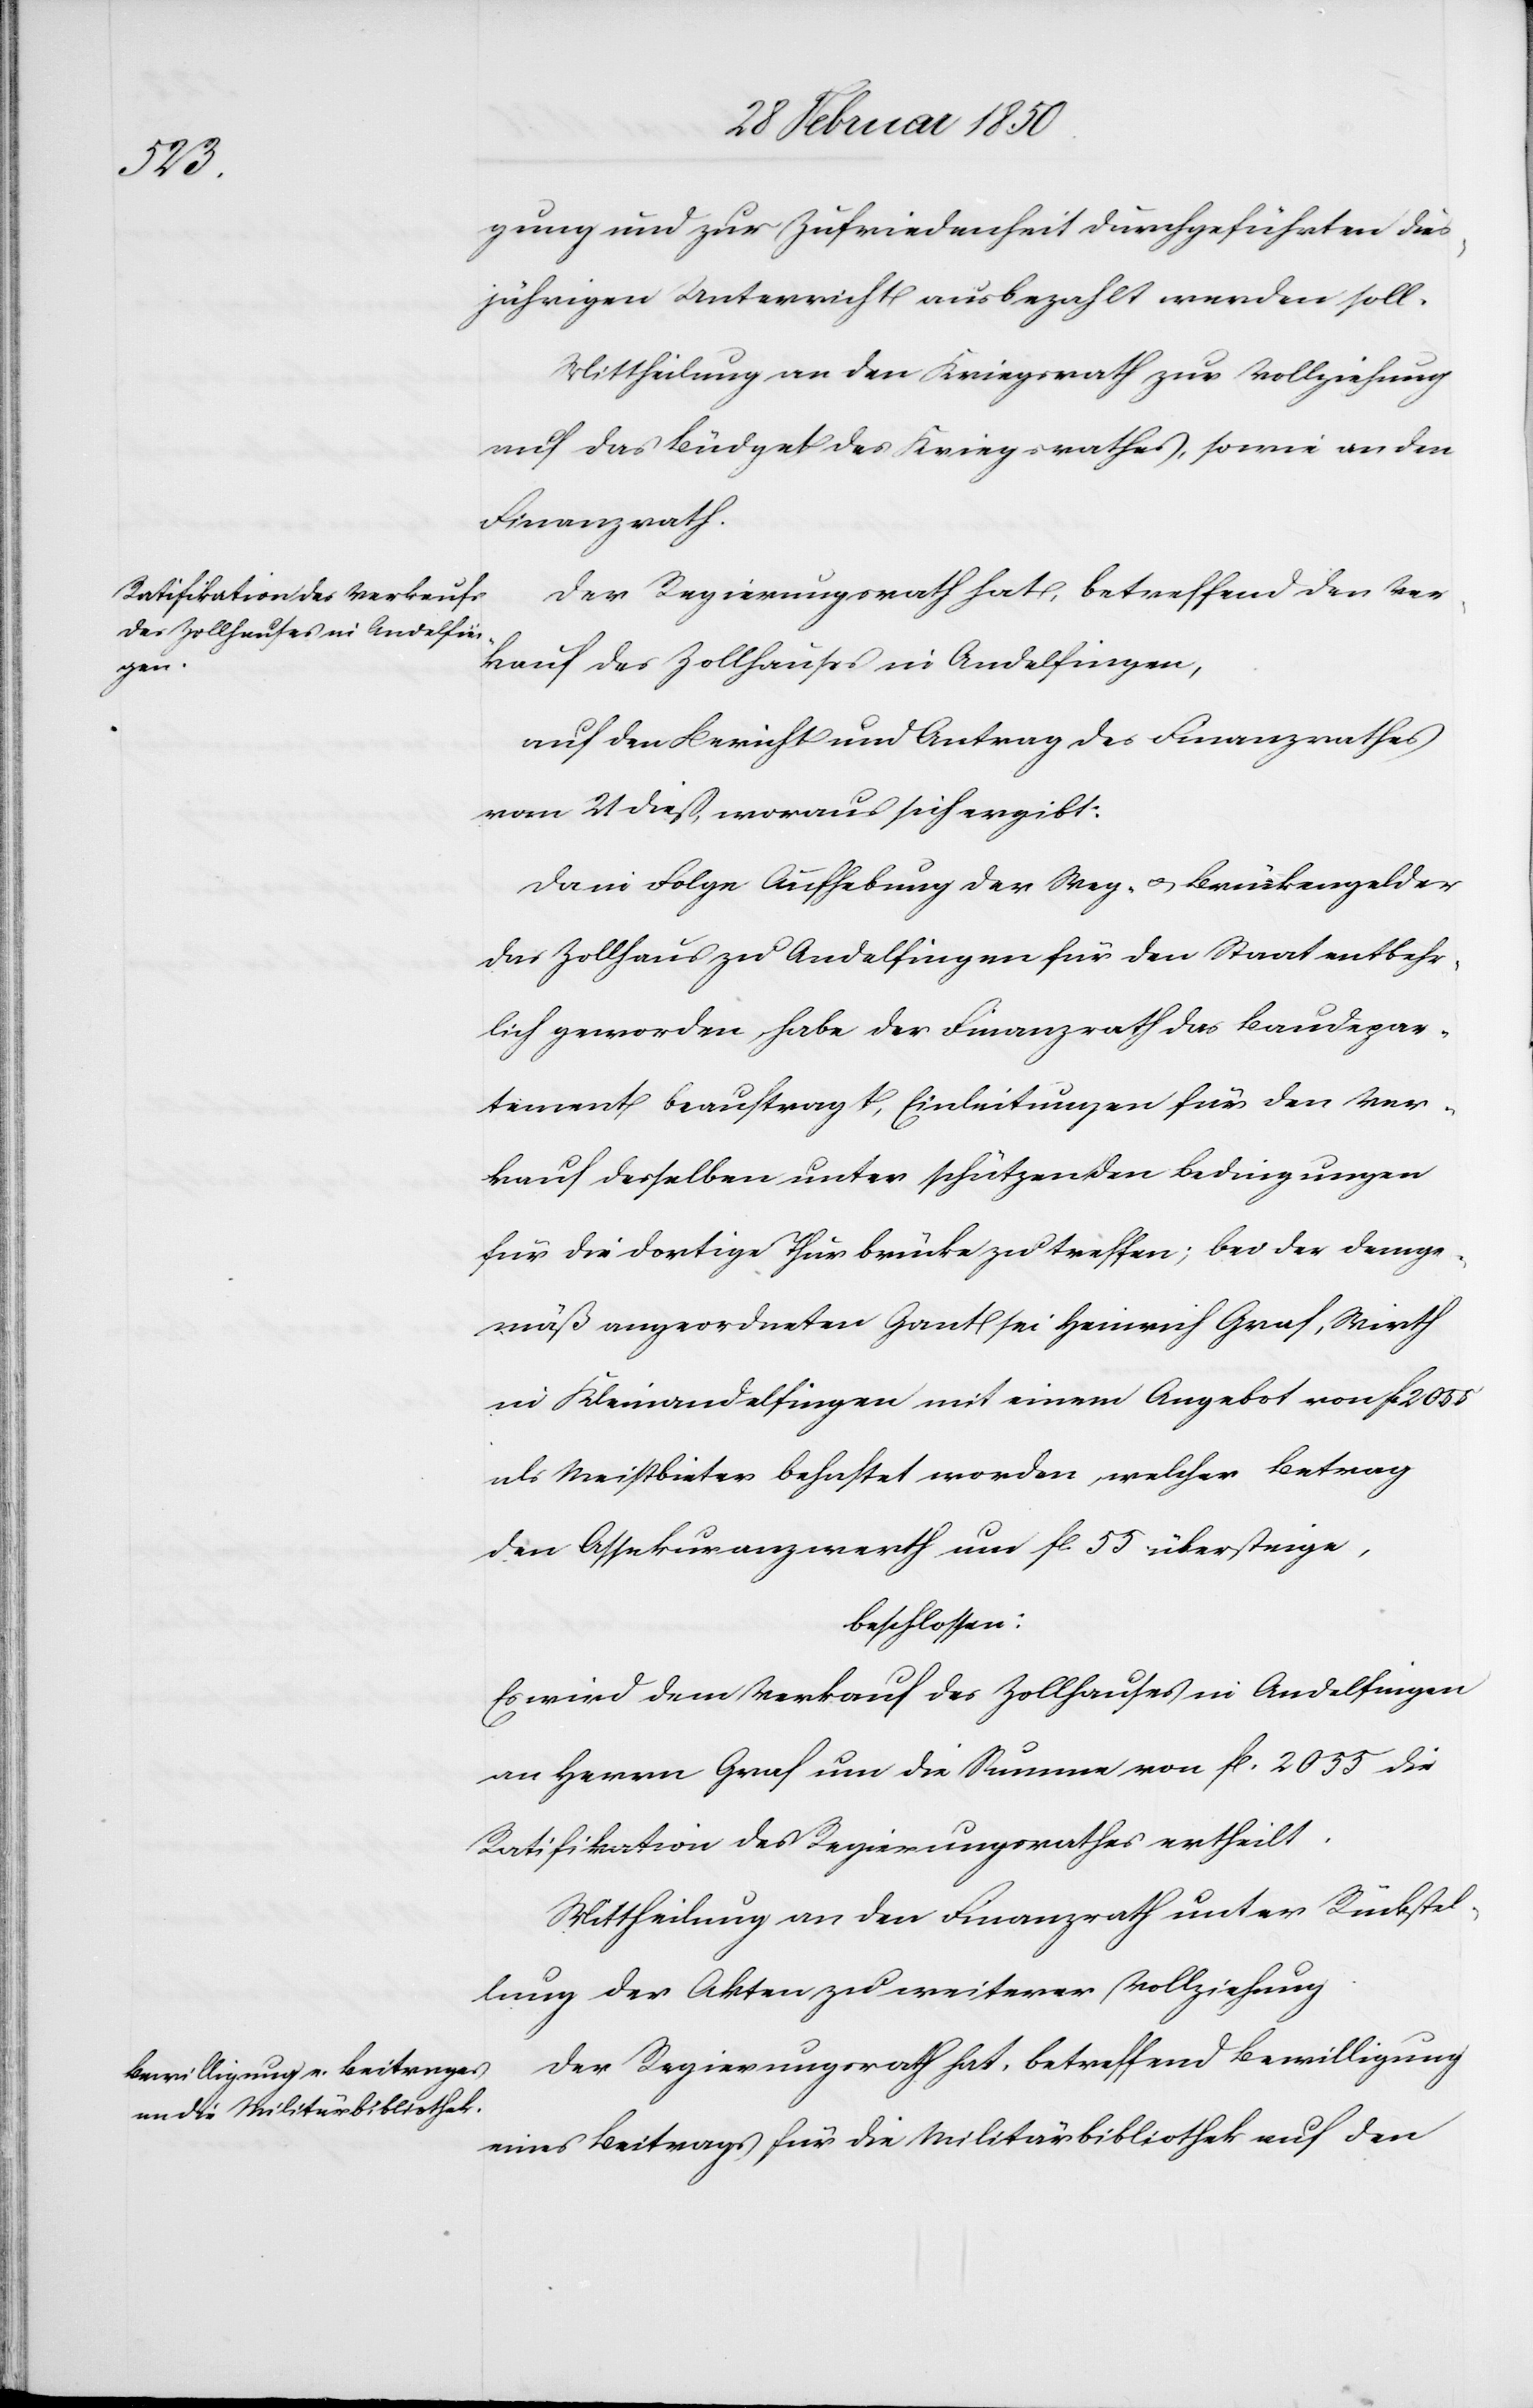
gung und zur Zufriedenheit durchgeführten dies¬
jährigen Unterricht ausbezahlt werden soll.
Mittheilung an den Kriegsrath zur Vollziehung
auf das Büdget des Kriegsrathes, sowie an den
Finanzrath.
Der Regierungsrath hat, betreffend den Ver¬
kauf des Zollhauses in Andelfingen,
auf den Bericht und Antrag des Finanzrathes
vom 21 dieß, woraus sich ergibt:
Da in Folge Aufhebung der Weg- u. Brückengelder
das Zollhaus zu Andelfingen für den Staat entbehr¬
lich geworden, habe der Finanzrath das Baudepar¬
tement beauftragt, Einleitungen für den Ver¬
kauf desselben unter schützenden Bedingungen
für die dortige Thurbrücke zu treffen; bei der demge¬
mäß angeordneten Gant sei Heinrich Graf, Wirth
in Kleinandelfingen mit einem Angebot von fl. 2055
als Meistbieter behaftet worden, welcher Betrag
den Assekuranzwerth um fl. 55 übersteige,
beschlossen:
Es wird dem Verkauf des Zollhauses in Andelfingen
an Herrn Graf um die Summe von fl. 2055 die
Ratifikation des Regierungsrathes ertheilt.
Der Regierungsrath hat, betreffend Bewilligung
eines Beitrags für die Militärbibliothek auf den